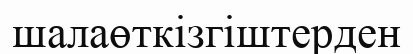
шалаөткізгіштерден